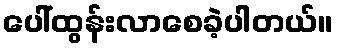
ပေါ်ထွန်းလာစေခဲ့ပါတယ်။